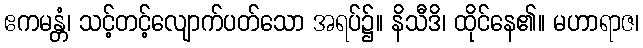
ဧကမန္တံ၊ သင့်တင့်လျောက်ပတ်သော အရပ်၌။ နိသီဒိ၊ ထိုင်နေ၏။ မဟာရာဇ၊